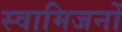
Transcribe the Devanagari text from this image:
स्वामिजनों